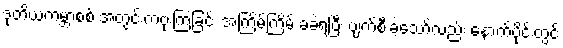
ဒုတိယကမ္ဘာစစ် အတွင်းကဗုံးကြဲခြင်း အကြိမ်ကြိမ် ခံခဲ့ရပြီး ပျက်စီးခဲ့သော်လည်း နောက်ပိုင်းတွင်